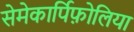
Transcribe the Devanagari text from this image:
सेमेकार्पिफ़ोलिया